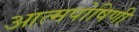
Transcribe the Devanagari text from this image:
आत्मपोषिणी